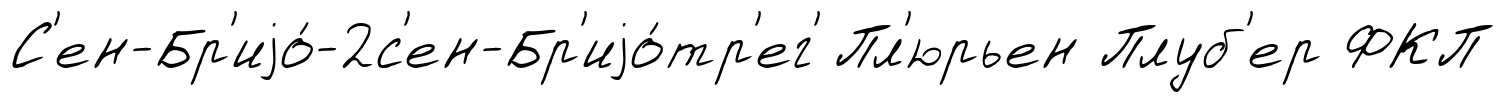
С'ен-Бр'иjо́-2с'ен-Бр'иjо́тр'ег' Пл'юрьен Плуб'ер ФКП